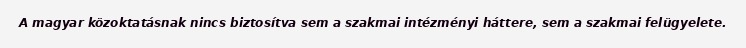
A magyar közoktatásnak nincs biztosítva sem a szakmai intézményi háttere, sem a szakmai felügyelete.